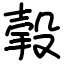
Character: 㨌